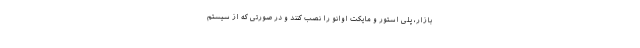
بازار، پلی استور و مایکت اوانو را نصب کنند و در صورتی که از سیستم